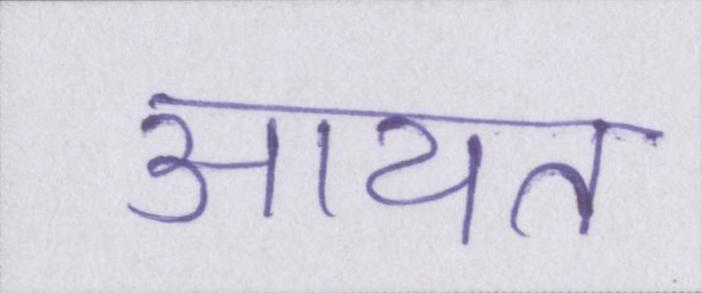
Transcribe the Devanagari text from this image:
आयत